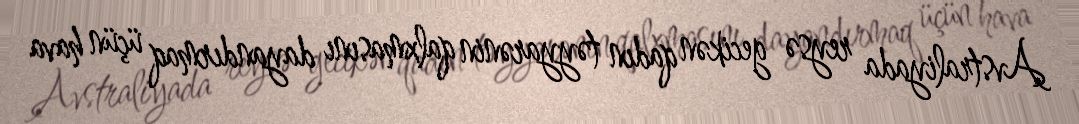
Avstraliyada reysə gecikən qadın təyyarənin qalxmasını dayandırmaq üçün hava